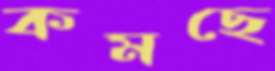
কমছে